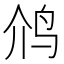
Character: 𮭡